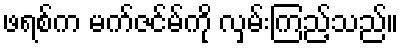
ဖရစ်က မက်ဇင်မ်ကို လှမ်းကြည့်သည်။